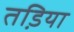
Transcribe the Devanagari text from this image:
तडि़या